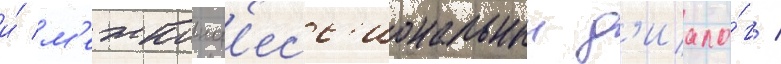
и́ м'ежконф'есс'иональныи д'иало́г /